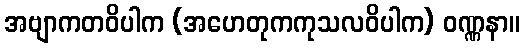
အဗျာကတဝိပါက (အဟေတုကကုသလဝိပါက) ဝဏ္ဏနာ။